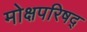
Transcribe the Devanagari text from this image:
मोक्षपरिषद्